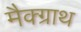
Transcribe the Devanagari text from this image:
मैक्ग्राथ